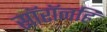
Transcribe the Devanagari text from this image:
सॉरॉनहि